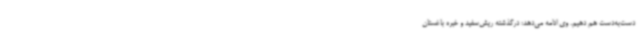
دست‌به‌دست هم دهیم. وی ادامه می‌دهد: درگذشته ریش‌سفید و خبره باغستان